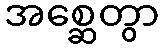
အစ္ဆေတွာ